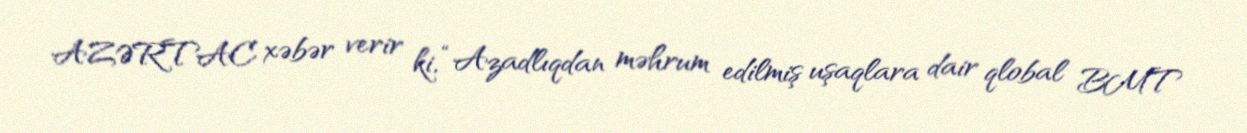
AZƏRTAC xəbər verir ki, “Azadlıqdan məhrum edilmiş uşaqlara dair qlobal BMT